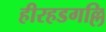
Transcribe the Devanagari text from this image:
हीरहडगल्लि